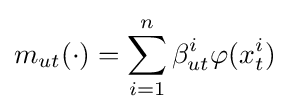
m_{ut}(\cdot )=\sum _{i=1}^{n}\beta _{ut}^{i}\varphi (x_{t}^{i})